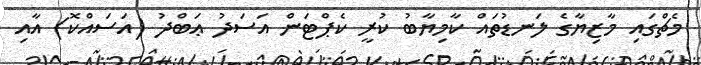
މެޗްގައި މާޒިޔާގެ ލަނޑުތައް ކާމިޔާބު ކުރީ ކެޕްޓަން އަސަދު ޢަބްދު (އަސައްކޮ) އާއި